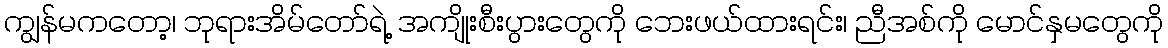
ကျွန်မကတော့၊ ဘုရားအိမ်တော်ရဲ့ အကျိုးစီးပွားတွေကို ဘေးဖယ်ထားရင်း၊ ညီအစ်ကို မောင်နှမတွေကို